画像に写った文字を読んでください
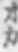
「オカ」と書いてあります